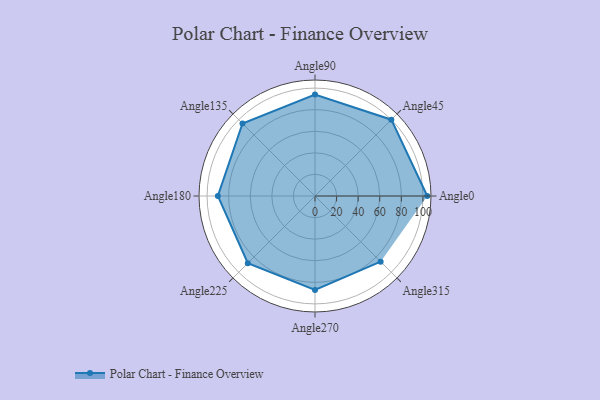
{"axis": {"x": "Angle", "y": "Radius"}, "legend": [""], "data": [{"x": "Angle0", "y": 104.0, "type": ""}, {"x": "Angle45", "y": 100.0, "type": ""}, {"x": "Angle90", "y": 94.0, "type": ""}, {"x": "Angle135", "y": 95.0, "type": ""}, {"x": "Angle180", "y": 90.0, "type": ""}, {"x": "Angle225", "y": 88.0, "type": ""}, {"x": "Angle270", "y": 87.0, "type": ""}, {"x": "Angle315", "y": 86.0, "type": ""}]}